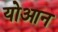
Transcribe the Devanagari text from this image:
योआन